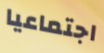
اجتماعيا